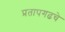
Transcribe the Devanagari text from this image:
प्रतापगढचे